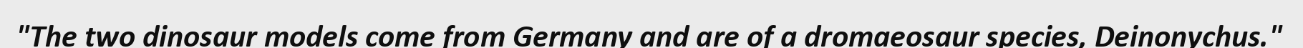
"The two dinosaur models come from Germany and are of a dromaeosaur species, Deinonychus."